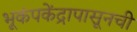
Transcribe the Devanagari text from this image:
भूकंपकेंद्रापासूनची